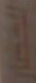
الخضار